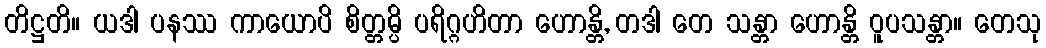
တိဋ္ဌတိ။ ယဒါ ပနဿ ကာယောပိ စိတ္တမ္ပိ ပရိဂ္ဂဟိတာ ဟောန္တိ, တဒါ တေ သန္တာ ဟောန္တိ ဝူပသန္တာ။ တေသု